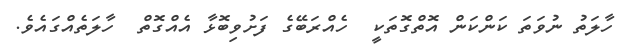
ހާލަތު ނުވަތަ ކަންކަން އޮތްގޮތަކީ  ހެއްރަބޭގެ ފަށުވިބޮޅާ އެއްގޮތް  ހާލަތެއްގައެވެ.